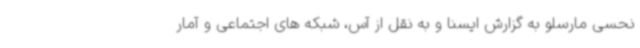
نحسی مارسلو به گزارش ایسنا و به نقل از آس، شبکه های اجتماعی و آمار